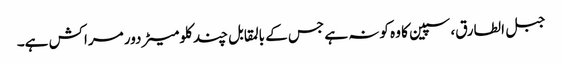
جبل الطارق، سپین کا وہ کونہ ہے جس کے بالمقابل چند کلومیٹر دور مراکش ہے۔